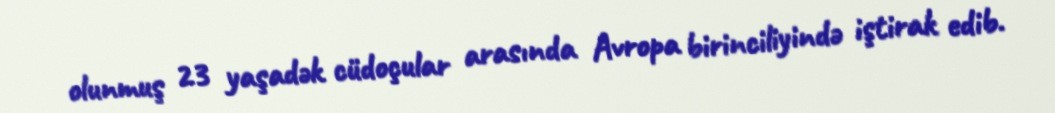
olunmuş 23 yaşadək cüdoçular arasında Avropa birinciliyində iştirak edib.